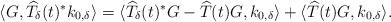
LaTeX: \begin{align*} \langle G, \widehat{T}_{\delta}(t)^*k_{0,\delta}\rangle = \langle \widehat{T}_{\delta}(t)^*G - \widehat{T}(t)G, k_{0,\delta}\rangle + \langle \widehat{T}(t)G, k_{0,\delta}\rangle.\end{align*}